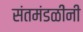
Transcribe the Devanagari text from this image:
संतमंडळींनी